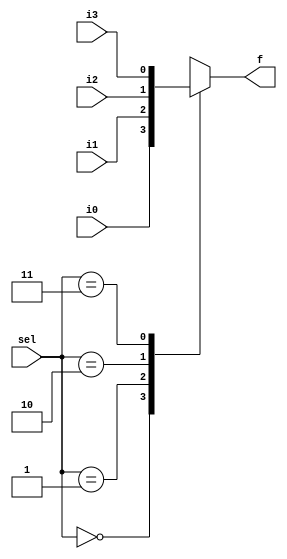
`timescale 1ns / 1ps
//////////////////////////////////////////////////////////////////////////////////
//s0 s1 Register operation
//0  0  No change
//0  1  right shift
//1  0  left shift
//1  1  parallel load
//////////////////////////////////////////////////////////////////////////////////
//AIM : mplementation of 5-bit universal shift register with serial-in-serial-out (SISO), serial-in-parallel-out (SIPO), parallel-in-parallel-out 
//(PIPO), parallel-in-serial-out (PISO) options

module mux(i0,i1,i2,i3,sel,f);
	input i0,i1,i2,i3;
	input [1:0]sel;
	output reg f;
	
	always@(*)
	begin
		case(sel)
			2'b00 : f = i0;
			2'b01 : f = i1;
			2'b10 : f = i2;
			2'b11 : f = i3;
		endcase
	end
endmodule

module dff(clk,clr,d,q);
	input clk,clr,d;
	output reg q;
	
	always@(posedge clk)
		begin
			if(clr) q<=0;
			else q<=d;
		end
endmodule

module USR(clr,clk,si,pi,po,sel);
	input clk,clr;
	input si;
	input [3:0]pi;
	input [1:0]sel;
	output [3:0]po;
	
	wire f1,f2,f3,f4;
	mux m1(po[3],si,po[2],pi[3],sel,f1);
	mux m2(po[2],po[3],po[1],pi[2],sel,f2);
	mux m3(po[1],po[2],po[0],pi[1],sel,f3);
	mux m4(po[0],po[1],si,pi[0],sel,f4);
	
	dff d1(clk,clr,f1,po[3]);
	dff d2(clk,clr,f2,po[2]);
	dff d3(clk,clr,f3,po[1]);
	dff d4(clk,clr,f4,po[0]);
	
	
endmodule